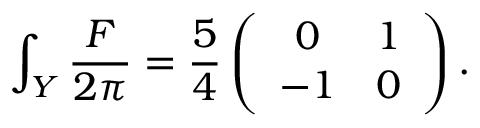
{ \int _ { Y } { \frac { F } { 2 \pi } } = { \frac { 5 } { 4 } } \left( \begin{array} { c c } { { 0 } } & { { 1 } } \\ { { - 1 } } & { { 0 } } \end{array} \right) . }